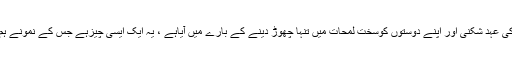
جوکچھ مندرجہ بالا آتیوں میں منافقوں کی عہد شکنی اور اپنے دوستوں کوسخت لمحات میں تنہا چھوڑ دینے کے بارے میں آیاہے ، یہ ایک ایسی چیزہے جس کے نمونے ہم نے بارہا اپنی زندگی میں دیکھے ہیں ۔